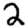
Digit: 2